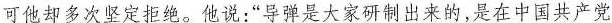
可他却多次坚定拒绝。他说：”导弹是大家研制出来的，是在中国共产党